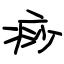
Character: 痧